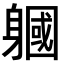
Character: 𨉹